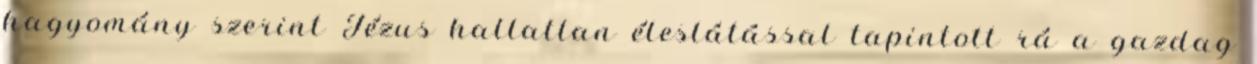
hagyomány szerint Jézus hallatlan éleslátással tapintott rá a gazdag